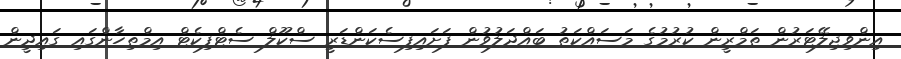
އިންވިޖިލޭޓަރުން ތަމްރީން ކުރުމުގެ މަސައްކަތު ބައްދަލުވުން ފަށައިފިސެކަންޑަރީ ސްކޫލް ސެޓްފިކެޓް އިމްތިހާންގައި ގައިދީން